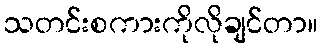
သတင်းစကားကိုလိုချင်တာ။